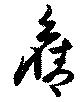
舊